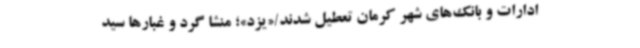
ادارات و بانک‌های شهر کرمان تعطیل شدند/«یزد»؛ منشا گرد و غبارها سید